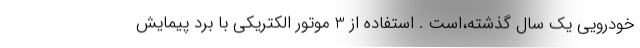
خودرویی یک سال گذشته،است . استفاده از 3 موتور الکتریکی با برد پیمایش